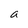
Character: a